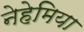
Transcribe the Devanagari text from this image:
नेहेमिया